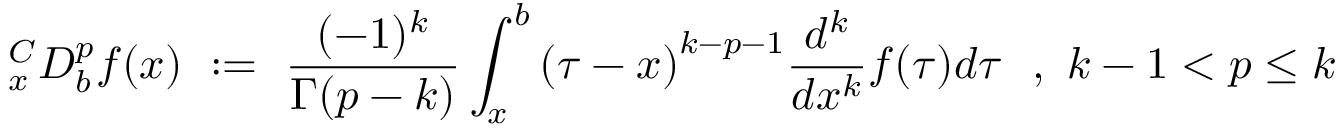
{ } _ { x } ^ { C } D _ { b } ^ { p } f ( x ) ~ : = ~ { \frac { ( - 1 ) ^ { k } } { \Gamma ( p - k ) } } \int _ { x } ^ { b } { ( \tau - x ) } ^ { k - p - 1 } { \frac { d ^ { k } } { d x ^ { k } } } f ( \tau ) d \tau ~ ~ , ~ k - 1 < p \leq k